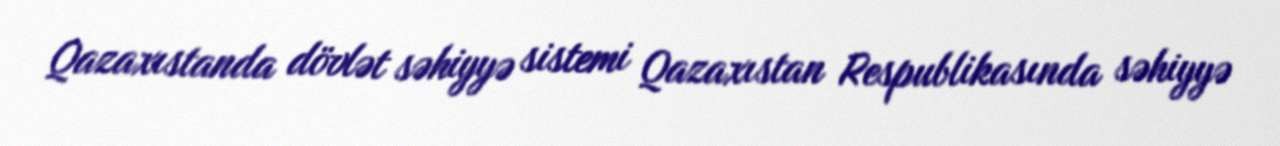
Qazaxıstanda dövlət səhiyyə sistemi Qazaxıstan Respublikasında səhiyyə